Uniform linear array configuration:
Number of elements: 32
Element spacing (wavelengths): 0.25
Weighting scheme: kaiser
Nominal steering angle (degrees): -30
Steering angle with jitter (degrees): -29.323
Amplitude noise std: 0.05
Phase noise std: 0.05

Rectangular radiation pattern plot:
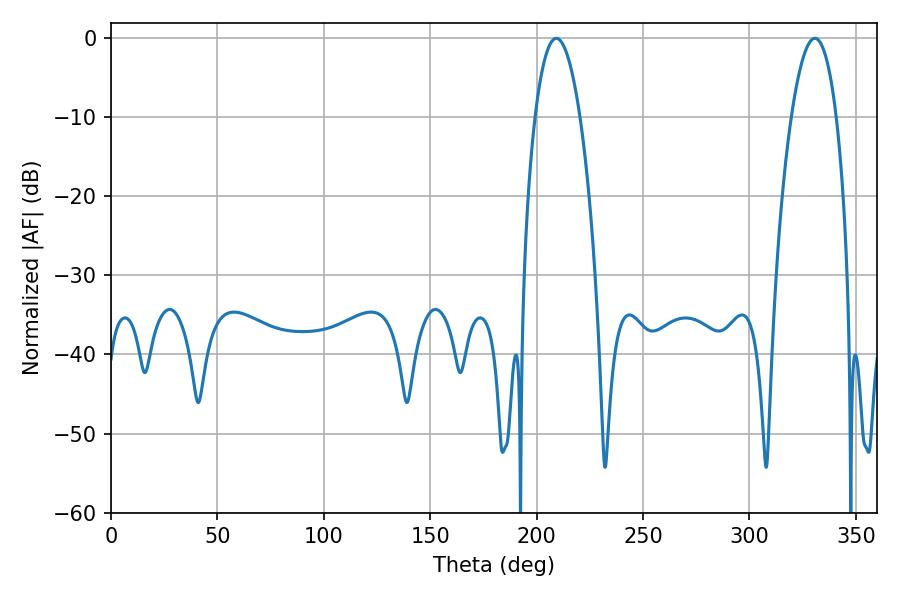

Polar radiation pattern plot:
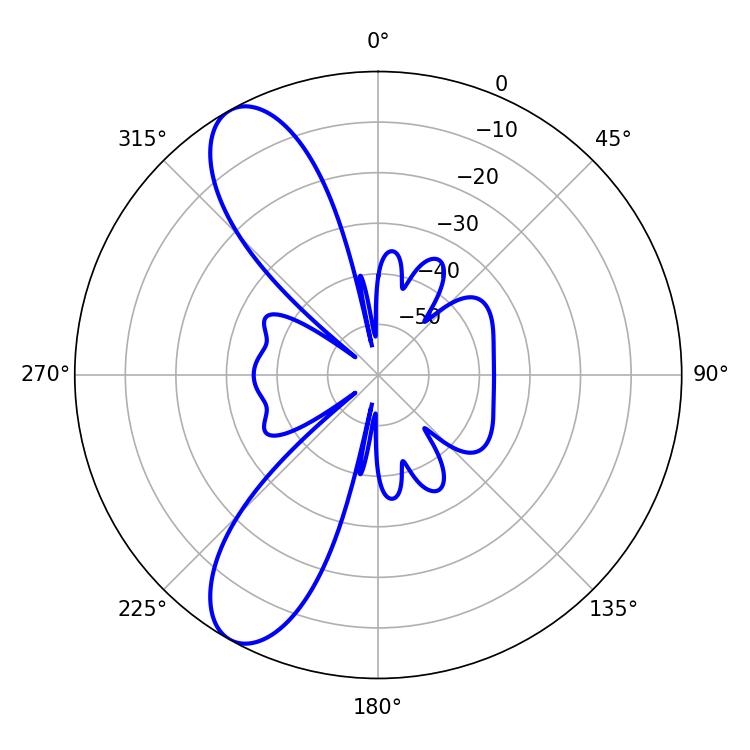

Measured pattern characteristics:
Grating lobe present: FALSE
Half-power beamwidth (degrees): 11.7
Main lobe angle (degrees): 209.16